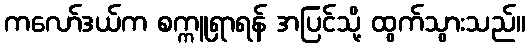
ကလော်ဒယ်က စက္ကူရှာရန် အပြင်သို့ ထွက်သွားသည်။